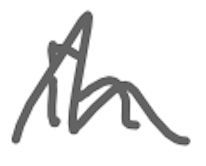
Text: in
Cross-out: wave
Writing tool: digital_gray